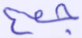
جمع